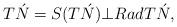
LaTeX: \begin{align*}T\acute{N}=S(T\acute{N})\bot RadT\acute{N}, \end{align*}